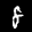
Label: 8